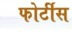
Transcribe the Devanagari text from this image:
फोर्टीस